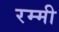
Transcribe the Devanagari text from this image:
रम्मी